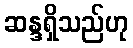
ဆန္ဒရှိသည်ဟု